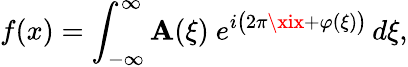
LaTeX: f(x)=\int_{-\infty}^{\infty}\mathbf{A}(\xi)\ e^{i{\bigl(}2\pi\xix+\varphi(\xi){\bigr)}}\, d\xi,